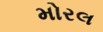
મોરલ